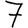
Digit: 7